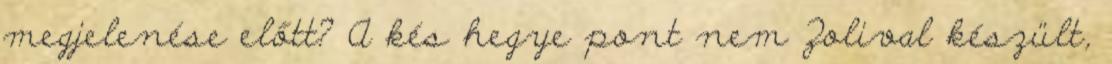
megjelenése előtt? A kés hegye pont nem Zolival készült,